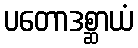
ပတောဒစ္ဆာယံ